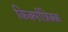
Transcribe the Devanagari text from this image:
किर्क्पात्रिक्क